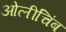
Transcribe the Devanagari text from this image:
ओलीचिंब